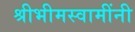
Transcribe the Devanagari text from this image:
श्रीभीमस्वामींनी